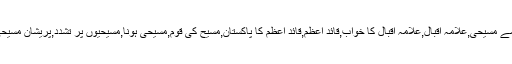
Tags:تنگ حال مسیحی,سحمے مسیحی,علامہ اقبال,علامہ اقبال کا خواب,قائدِ اعظم,قائدِ اعظم کا پاکستان,مسیح کی قوم,مسیحی ہونا,مسیحیوں پر تشدد,پریشان مسیحی,چیخ و پُکار